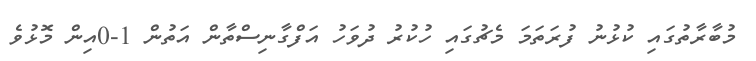
މުބާރާތުގައި ކުޅުނު ފުރަތަމަ މެޗުގައި ހުކުރު ދުވަހު އަފްގާނިސްތާން އަތުން 1-0އިން މޮޅުވެ